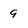
Character: 9